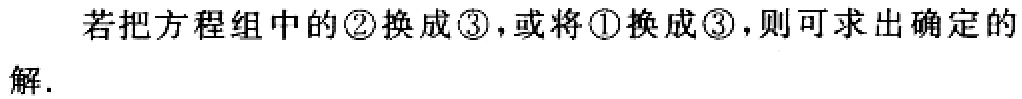
若把方程组中的\textcircled{2}换成\textcircled{3}，或将\textcircled{1}换成\textcircled{3}，则可求出确定的解.